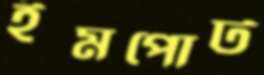
ইমপোর্ট